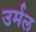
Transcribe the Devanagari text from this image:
उर्मल